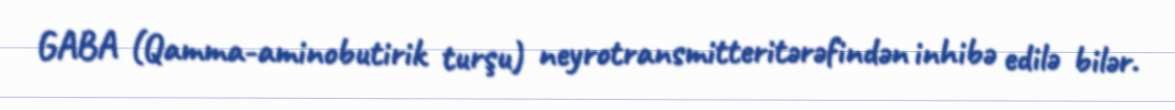
GABA (Qamma-aminobutirik turşu) neyrotransmitteritərəfindən inhibə edilə bilər.